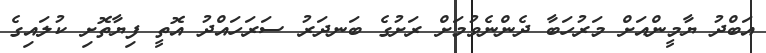
އަބްދު ޔާމީންއަށް މަރުހަބާ ދެންނެވުމަށް ރަށުގެ ބަނދަރު ސަރަހައްދު އޮތީ ފިޔާތޮށި ކުލައިގެ